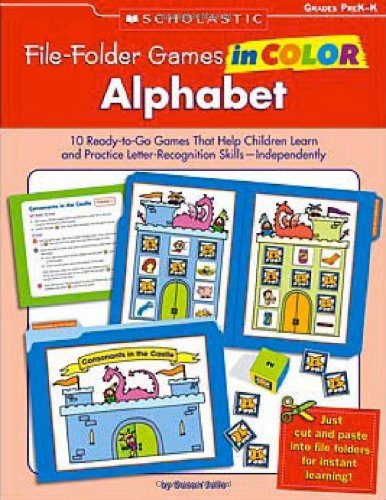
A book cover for File-Folder Games in Color: Alphabet: 10 Ready-to-Go Games That Help Children Learn and Practice Letter-Recognition Skills-Independently; Scholastic; Reference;